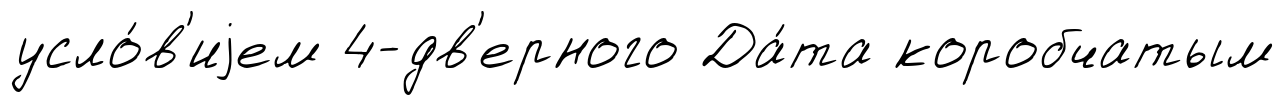
усло́в'иjем 4-дв'ерного Да́та коробчатым